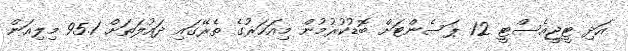
އަދި ޓީޖީއެސްޓީ 12 ޕަސެންޓަށް ބޮޑުކުރުމުން މިއަހަރުގެ ތެރޭގައި ދައުލަތަށް 95.1 މިލިއަން